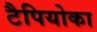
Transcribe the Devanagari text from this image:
टैपियोका